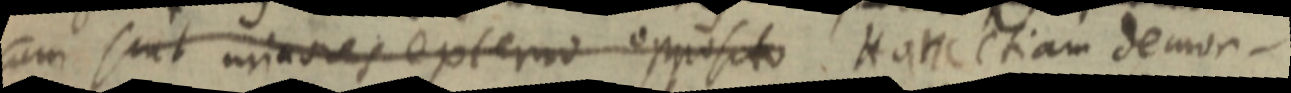
cum sint minores externo opposito. Hanc etiam demon–